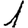
Digit: 1